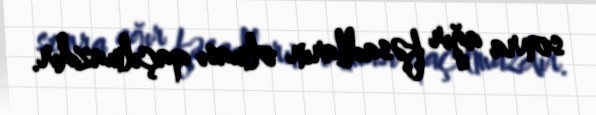
sonra ağır fəsadların olması qaçılmazdır.